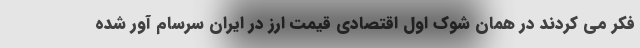
فکر می کردند در همان شوک اول اقتصادی قیمت ارز در ایران سرسام آور شده